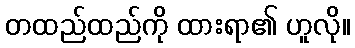
တထည်ထည်ကို ထားရာ၏ ဟူလို။